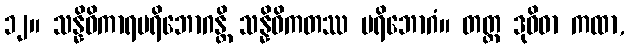
၁၂။ သန္နိဓိကာရပရိဘောဂန္တိ သန္နိဓိကတဿ ပရိဘောဂံ။ တတ္ထ ဒုဝိဓာ ကထာ,